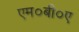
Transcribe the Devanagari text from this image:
एम०बी०ए